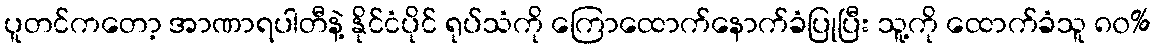
ပူတင်ကတော့ အာဏာရပါတီနဲ့ နိုင်ငံပိုင် ရုပ်သံကို ကြောထောက်နောက်ခံပြုပြီး သူ့ကို ထောက်ခံသူ ၈၀%